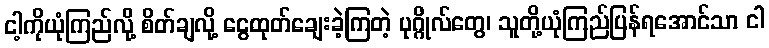
ငါ့ကိုယုံကြည်လို့ စိတ်ချလို့ ငွေထုတ်ချေးခဲ့ကြတဲ့ ပုဂ္ဂိုလ်တွေ၊ သူတို့ယုံကြည်ပြန်ရအောင်သာ ငါ